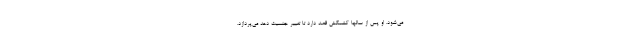
می‌شود. او پس از سالها کشمکش قصد دارد تا تغییر جنسیت دهد می‌پردازد.